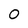
Character: O